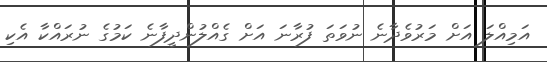
އަމިއްލަ އަށް މަރުވެދާނެ ނުވަތަ ފުރާނަ އަށް ގެއްލުންދީފާނެ ކަމުގެ ނުރައްކާ އެކި